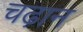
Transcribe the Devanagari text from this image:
चढ़ान